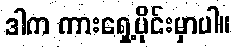
ဒါက ကားရှေ့ပိုင်းမှာပါ။